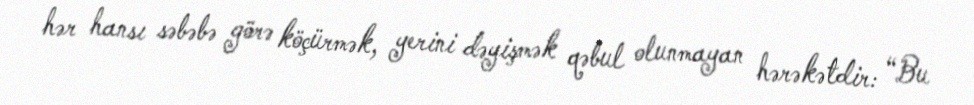
hər hansı səbəbə görə köçürmək, yerini dəyişmək qəbul olunmayan hərəkətdir: “Bu